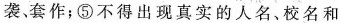
袭、套作；⑤不得出现真实的人名、校名和